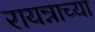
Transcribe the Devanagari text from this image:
रायन्नाच्या